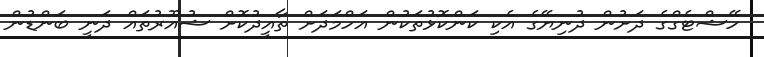
ހޭޝްޓެގްގެ ދަށުން ދުނިޔޭގެ އެކި ކަންކޮޅުތަކުން އަހްމަދަށް ތާއީދުކޮށް ޝުއޫރުތައް ދަނީ ބަންޑުން